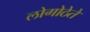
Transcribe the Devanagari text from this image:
लोगोठेते